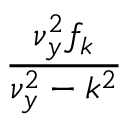
\frac { \nu _ { y } ^ { 2 } f _ { k } } { \nu _ { y } ^ { 2 } - k ^ { 2 } }